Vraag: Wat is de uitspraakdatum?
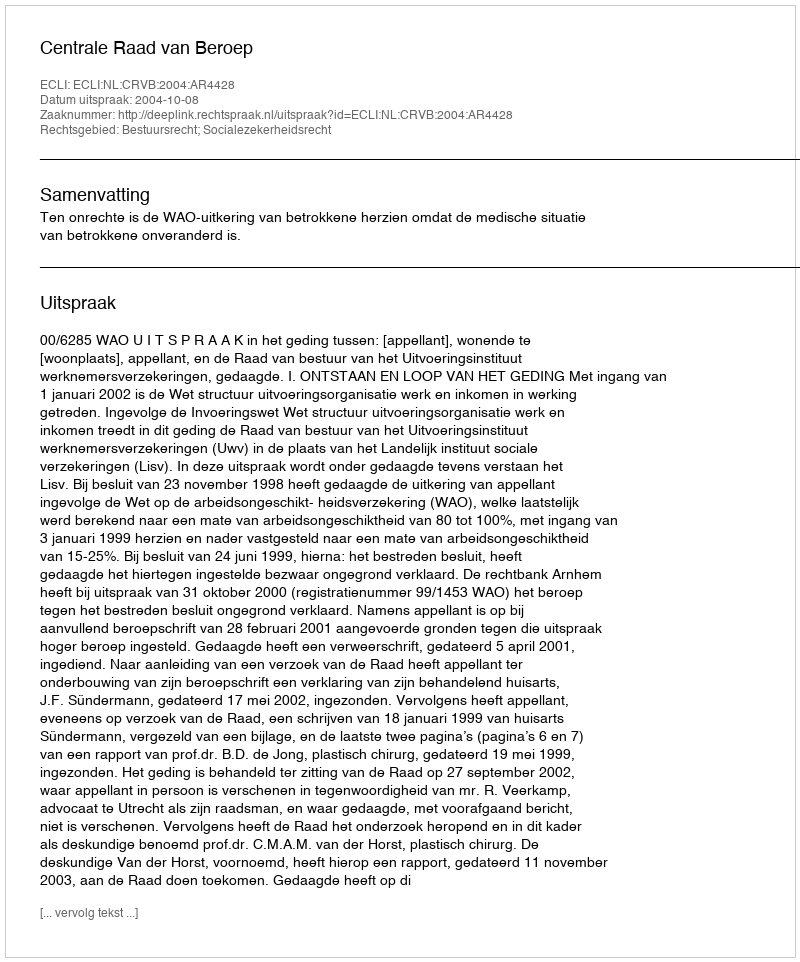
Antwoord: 2004-10-08